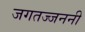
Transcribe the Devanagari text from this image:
जगतज्जननी